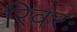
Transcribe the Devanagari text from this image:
रिवरः